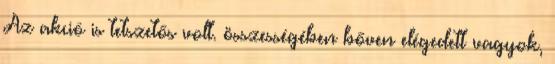
Az akció is tetszetős volt. összességében bőven elégedett vagyok,